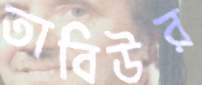
তাবিউর